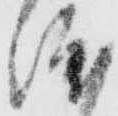
渡